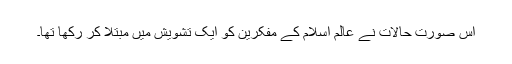
اس صورت حالات نے عالم اسلام کے مفکرین کو ایک تشویش میں مبتلا کر رکھا تھا۔